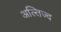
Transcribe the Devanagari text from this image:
अल्तिज्द